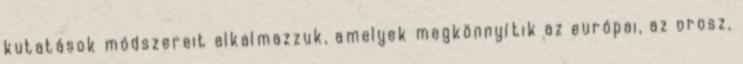
kutatások módszereit alkalmazzuk, amelyek megkönnyítik az európai, az orosz,